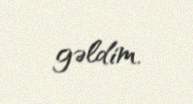
gəldim.